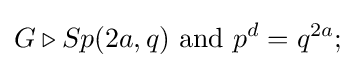
G\triangleright Sp(2a,q){\text{ and }}p^{d}=q^{2a};